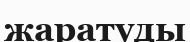
жаратуды